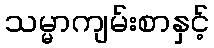
သမ္မာကျမ်းစာနှင့်